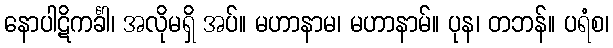
နောပါဋိကင်္ခါ၊ အလိုမရှိ အပ်။ မဟာနာမ၊ မဟာနာမ်။ ပုန၊ တဘန်။ ပရံစ၊